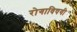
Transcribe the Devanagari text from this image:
रोगाविषयी